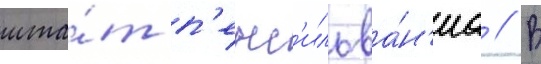
шта́т п'енс'ильва́н'иа // В